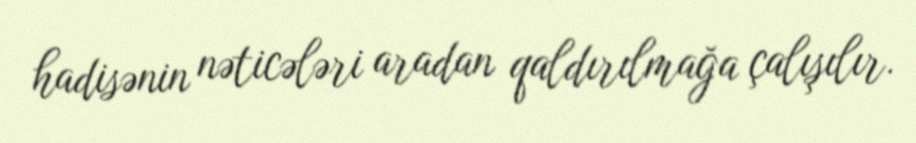
hadisənin nəticələri aradan qaldırılmağa çalışılır.